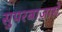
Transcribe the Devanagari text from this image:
सुपरबाज़ारों